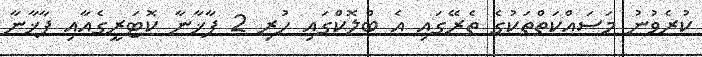
ކުރެވުނު މަސައްކަތްތަކުގެ ތެރޭގައި އެ ބްލޮކްގައި ހުރި 2 ފާޚާނާ ކޮޓަރީގެއާއި ފާޚާނާ